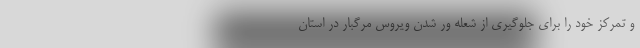
و تمرکز خود را برای جلوگیری از شعله ور شدن ویروس مرگبار در استان